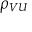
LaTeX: \rho _ { V U }